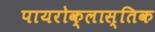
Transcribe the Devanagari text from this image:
पायरोक्लास्तिक